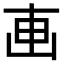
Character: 𠦟